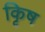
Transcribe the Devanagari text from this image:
कृिष